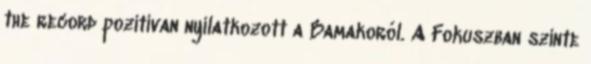
the record pozitívan nyilatkozott a Bamakoról. A Fokuszban szinte